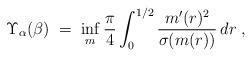
LaTeX: \begin{align*}\Upsilon_\alpha (\beta) \; =\; \inf_{m} \frac{\pi}{4}\int_0^{1/2} \frac {m'(r)^2}{\sigma(m(r))} \, dr \; ,\end{align*}